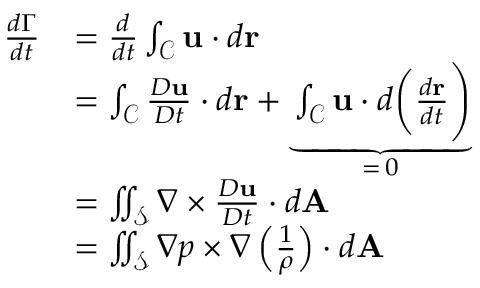
\begin{array} { r l } { \frac { d \Gamma } { d t } } & { = \frac { d } { d t } \int _ { \mathcal { C } } \mathbf { u } \cdot d \mathbf { r } } \\ & { = \int _ { \mathcal { C } } \frac { D \mathbf { u } } { D t } \cdot d \mathbf { r } + \underbrace { \int _ { \mathcal { C } } \mathbf { u } \cdot d \biggl ( \frac { d \mathbf { r } } { d t } \Biggr ) } _ { = \, 0 } } \\ & { = \iint _ { \mathcal { S } } \nabla \times \frac { D \mathbf { u } } { D t } \cdot d \mathbf { A } } \\ & { = \iint _ { \mathcal { S } } \nabla p \times \nabla \left( \frac { 1 } { \rho } \right) \cdot d \mathbf { A } } \end{array}